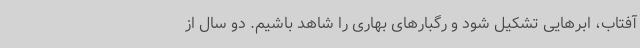
آفتاب، ابرهایی تشکیل شود و رگبارهای بهاری را شاهد باشیم. دو سال از